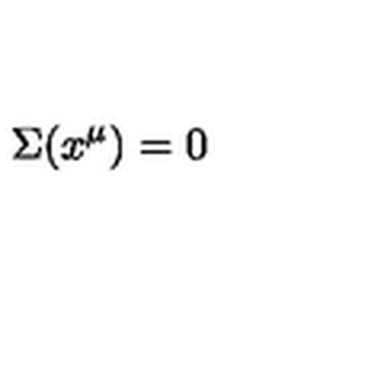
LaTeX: \Sigma ( x ^ { \mu } ) = 0